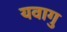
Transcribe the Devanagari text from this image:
यवागु